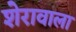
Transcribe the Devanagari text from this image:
शेरावाला